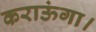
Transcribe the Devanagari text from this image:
कराऊंगा।